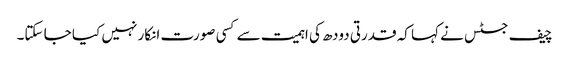
چیف جسٹس نے کہا کہ قدرتی دودھ کی اہمیت سے کسی صورت انکار نہیں کیا جا سکتا۔